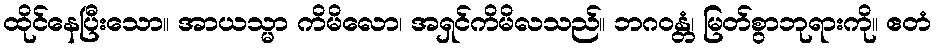
ထိုင်နေပြီးသော။ အာယသ္မာ ကိမိလော၊ အရှင်ကိမိလသည်။ ဘဂဝန္တံ၊ မြတ်စွာဘုရားကို။ ဧတံ